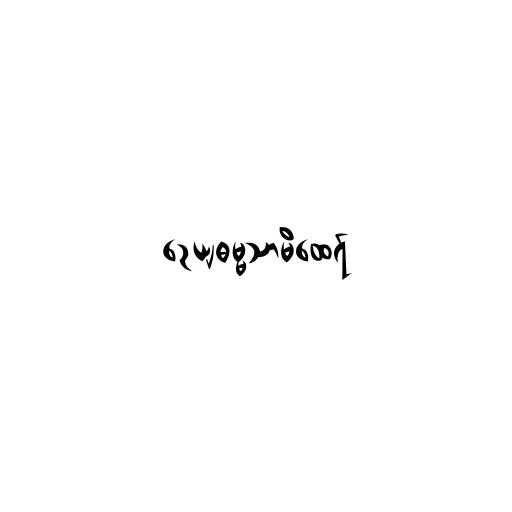
ဉေယျဓမ္မသာမိထေရ်